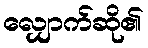
လျှောက်ဆို၏